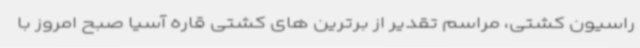
راسیون کشتی، مراسم تقدیر از برترین های کشتی قاره آسیا صبح امروز با